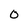
Character: o